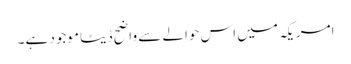
امریکہ میں اس حوالے سے واضح ڈیٹا موجود ہے۔